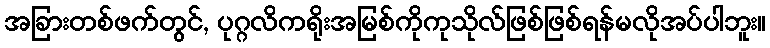
အခြားတစ်ဖက်တွင်, ပုဂ္ဂလိကရိုးအမြစ်ကိုကုသိုလ်ဖြစ်ဖြစ်ရန်မလိုအပ်ပါဘူး။